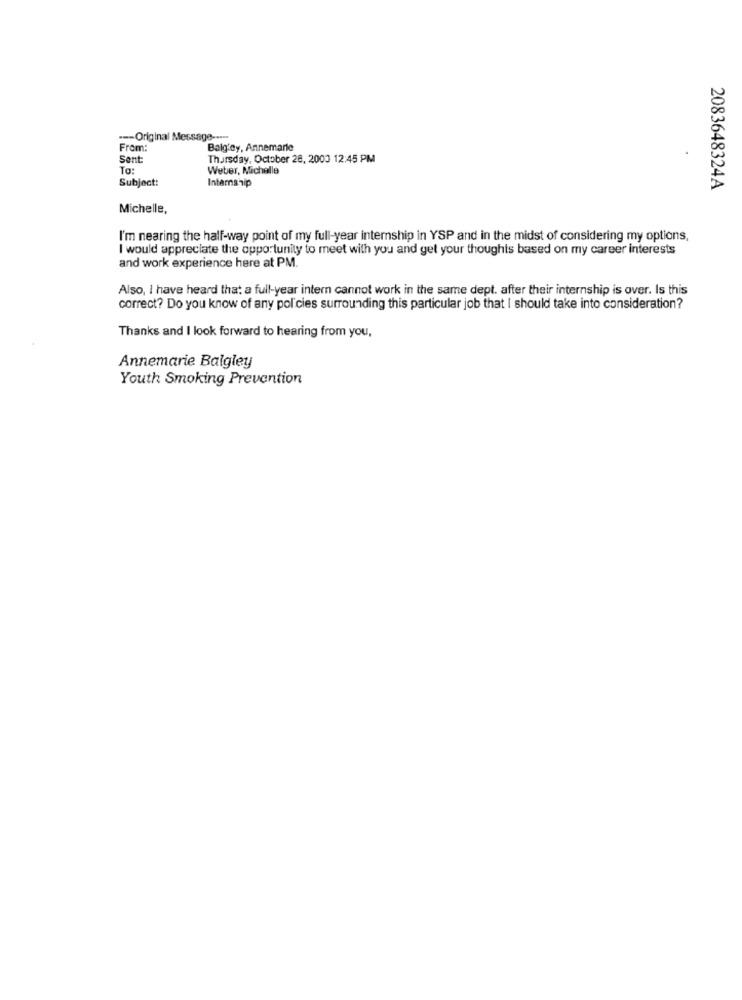
-- Original Message -****
From:
Balg'ey, Annemarie
Sent
Thursday, October 28, 2003 12:45 PM
To:
Weber, Michelle
Subject:
Internship
2083648324A
Michelle,
I'm nearing the half-way point of my full-year internship in YSP and in the midst of considering my options,
I would appreciate the opportunity to meet with you and get your thoughts based on my career interests
and work experience here at PM.
Also, I have heard that a full-year intern cannot work in the same dept. after their internship is over. Is this
correct? Do you know of any policies surrounding this particular job that I should take into consideration?
Thanks and I look forward to hearing from you,
Annemarie Balgley
Youth Smoking Prevention